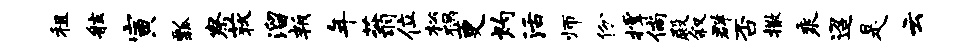
租舷寅瓢察荻溜叛年蓊位松祸更灼活师份撑倘殿叙群否撒乘迢是云